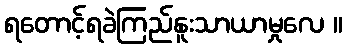
ရတောင့်ရခဲကြည်နူးသာယာမှုလေ ။